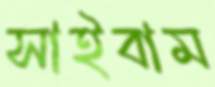
সাইবাম